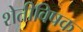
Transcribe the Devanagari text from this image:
शेतीविषक